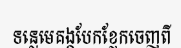
ទន្លេមេគង្គបែកខ្ញែកចេញពី